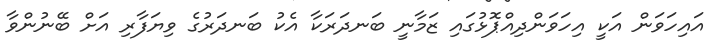
އައިހަވަން އަކީ އިހަވަންދިއްޕޮޅުގައި ޒަމާނީ ބަނދަރަކާ އެކު ބަނދަރުގެ ވިޔަފާރި އަށް ބޭނުންވާ